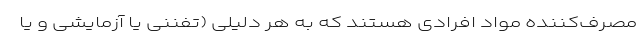
مصرف‌کننده مواد افرادی هستند که به هر دلیلی (تفننی یا آزمایشی و یا